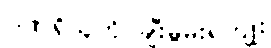
ဂုဏ်ရှိသူကို ချီးမွမ်းရကျိုး